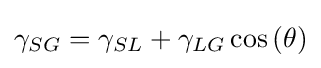
\gamma _{SG}=\gamma _{SL}+\gamma _{LG}\cos \left(\theta \right)